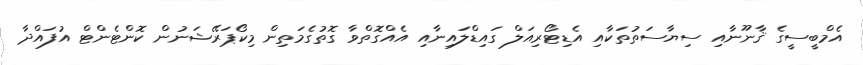
އެމްބީސީގެ ޤާނޫނާއި ސިޔާސަތުތަކާއި އެޑިޓޯރިއަލް ގައިޑްލައިނާއި އެއްގޮތްވާ ގޮތުގެމަތިން މިކޯޕަރޭޝަނުން ކޮންޓެންޓް އުފައްދާ